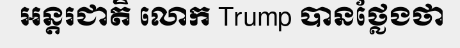
អន្តរជាតិ លោក Trump បានថ្លែងថា